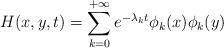
LaTeX: \begin{align*}H(x,y,t)=\sum\limits_{k=0}^{+\infty}e^{-\lambda_k t}\phi_k(x)\phi_k(y)\end{align*}